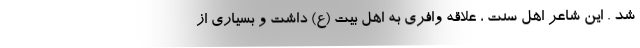
شد . این شاعر اهل سنت ، علاقه وافری به اهل بیت (ع) داشت و بسیاری از